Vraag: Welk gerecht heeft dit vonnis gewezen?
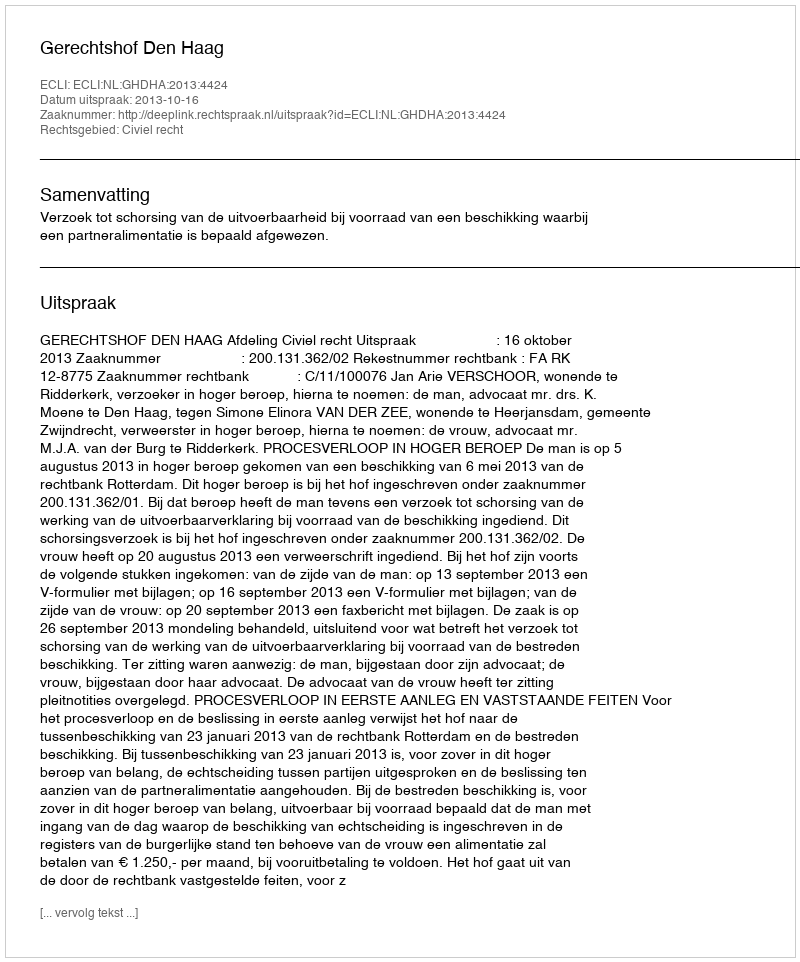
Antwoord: Gerechtshof Den Haag